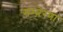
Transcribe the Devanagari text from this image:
सम्त्रेरणा